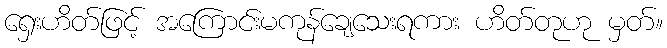
ရှေးဟိတ်ဖြင့် အကြောင်းမကုန်ချေသေးရကား ဟိတ်တုဟု မှတ်။